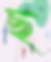
ছ